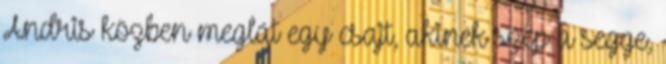
Andris közben meglát egy csajt, akinek szép a segge,